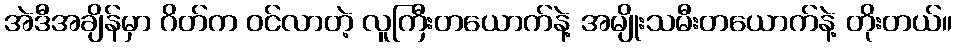
အဲဒီအချိန်မှာ ဂိတ်က ဝင်လာတဲ့ လူကြီးတယောက်နဲ့ အမျိုးသမီးတယောက်နဲ့ တိုးတယ်။